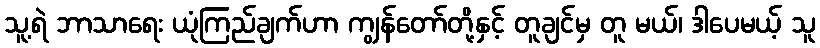
သူ့ရဲ ဘာသာရေး ယုံကြည်ချက်ဟာ ကျွန်တော်တို့နှင့် တူချင်မှ တူ မယ်၊ ဒါပေမယ့် သူ